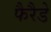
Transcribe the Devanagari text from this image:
फैरैडे